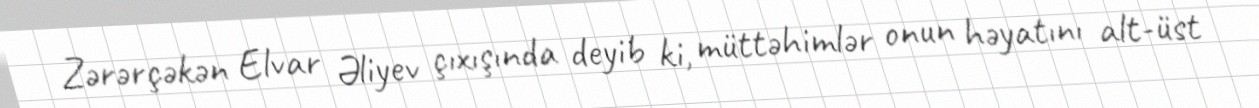
Zərərçəkən Elvar Əliyev çıxışında deyib ki, müttəhimlər onun həyatını alt-üst